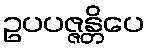
ဥပပဇ္ဇန္တိပေ